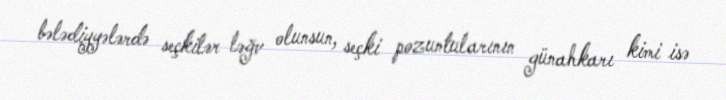
bələdiyyələrdə seçkilər ləğv olunsun, seçki pozuntularının günahkarı kimi isə